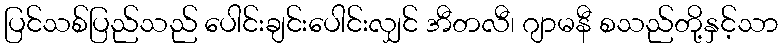
ပြင်သစ်ပြည်သည် ပေါင်းချင်းပေါင်းလျှင် အီတလီ၊ ဂျာမနီ စသည်တို့နှင့်သာ